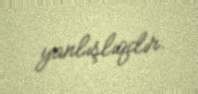
yanlışlıqdır.